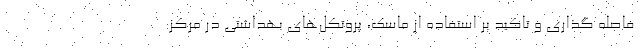
فاصله گذاری و تاکید بر استفاده از ماسک، پروتکل‌های بهداشتی در مرکز